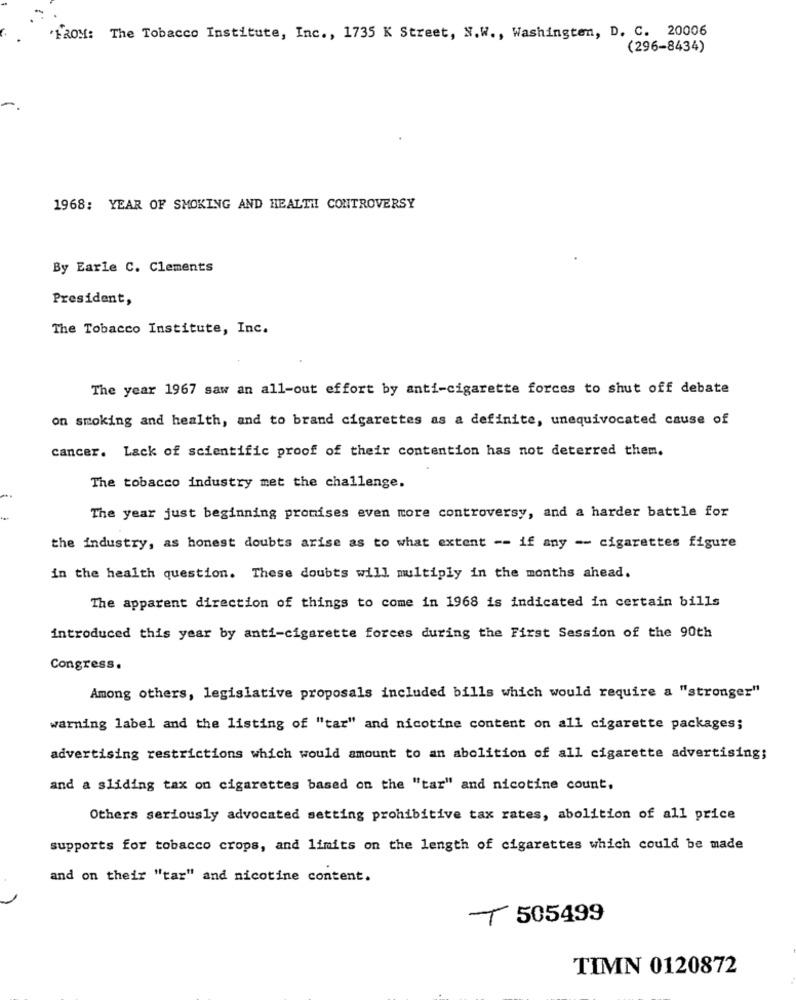
'FROM: The Tobacco Institute, Inc ., 1735 K Street, N.W ., Washington, D. C. 20006
(296-8434)
1968: YEAR OF SMOKING AND HEALTH! CONTROVERSY
By Earle C. Clements
President,
The Tobacco Institute, Inc.
The year 1967 saw an all-out effort by anti-cigarette forces to shut off debate
on smoking and health, and to brand cigarettes as a definite, unequivocated cause of
cancer. Lack of scientific proof of their contention has not deterred them.
The tobacco industry met the challenge.
The year just beginning promises even more controversy, and a harder battle for
the industry, as honest doubts arise as to what extent -- if any -- cigarettes figure
in the health question. These doubts will multiply in the months ahead.
The apparent direction of things to come in 1968 is indicated in certain bills
introduced this year by anti-cigarette forces during the First Session of the 90th
Congress.
Among others, legislative proposals included bills which would require a "stronger"
warning label and the listing of "tar" and nicotine content on all cigarette packages;
advertising restrictions which would amount to an abolition of all cigarette advertising;
and a sliding tax on cigarettes based on the "tar" and nicotine count.
Others seriously advocated setting prohibitive tax rates, abolition of all price
supports for tobacco crops, and limits on the length of cigarettes which could be made
and on their "tar" and nicotine content.
T 505499
TIMN 0120872